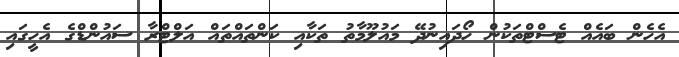
އެހެން ބައެއް ޓެސްޓްތަކުން ހޯދައިނުދޭ މައުލޫމާތު ތަކާއި ކަންތައްތައް އަލްޓްރާ ސައުންޑްގެ އެހީގައި